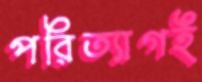
পরিত্যাগই